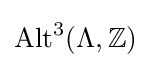
{\text{Alt}}^{3}(\Lambda ,\mathbb {Z} )